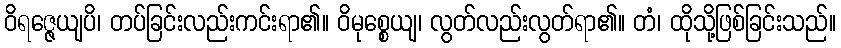
ဝိရဇ္ဇေယျပိ၊ တပ်ခြင်းလည်းကင်းရာ၏။ ဝိမုစ္စေယျ၊ လွတ်လည်းလွတ်ရာ၏။ တံ၊ ထိုသို့ဖြစ်ခြင်းသည်။